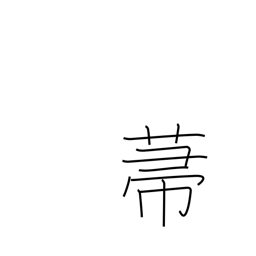
Meaning: broom